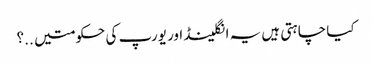
کیا چاہتی ہیں یہ انگلینڈ اور یورپ کی حکومتیں ..؟